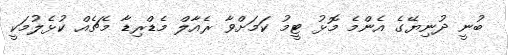
ބުނީ ދުނިޔޭގެ އެންމެ މޮޅު ޓީމު ކަމަށްވާ ރެއާލް މެޑްރިޑާ މެޗެއް ކުޅެލުމަކީ